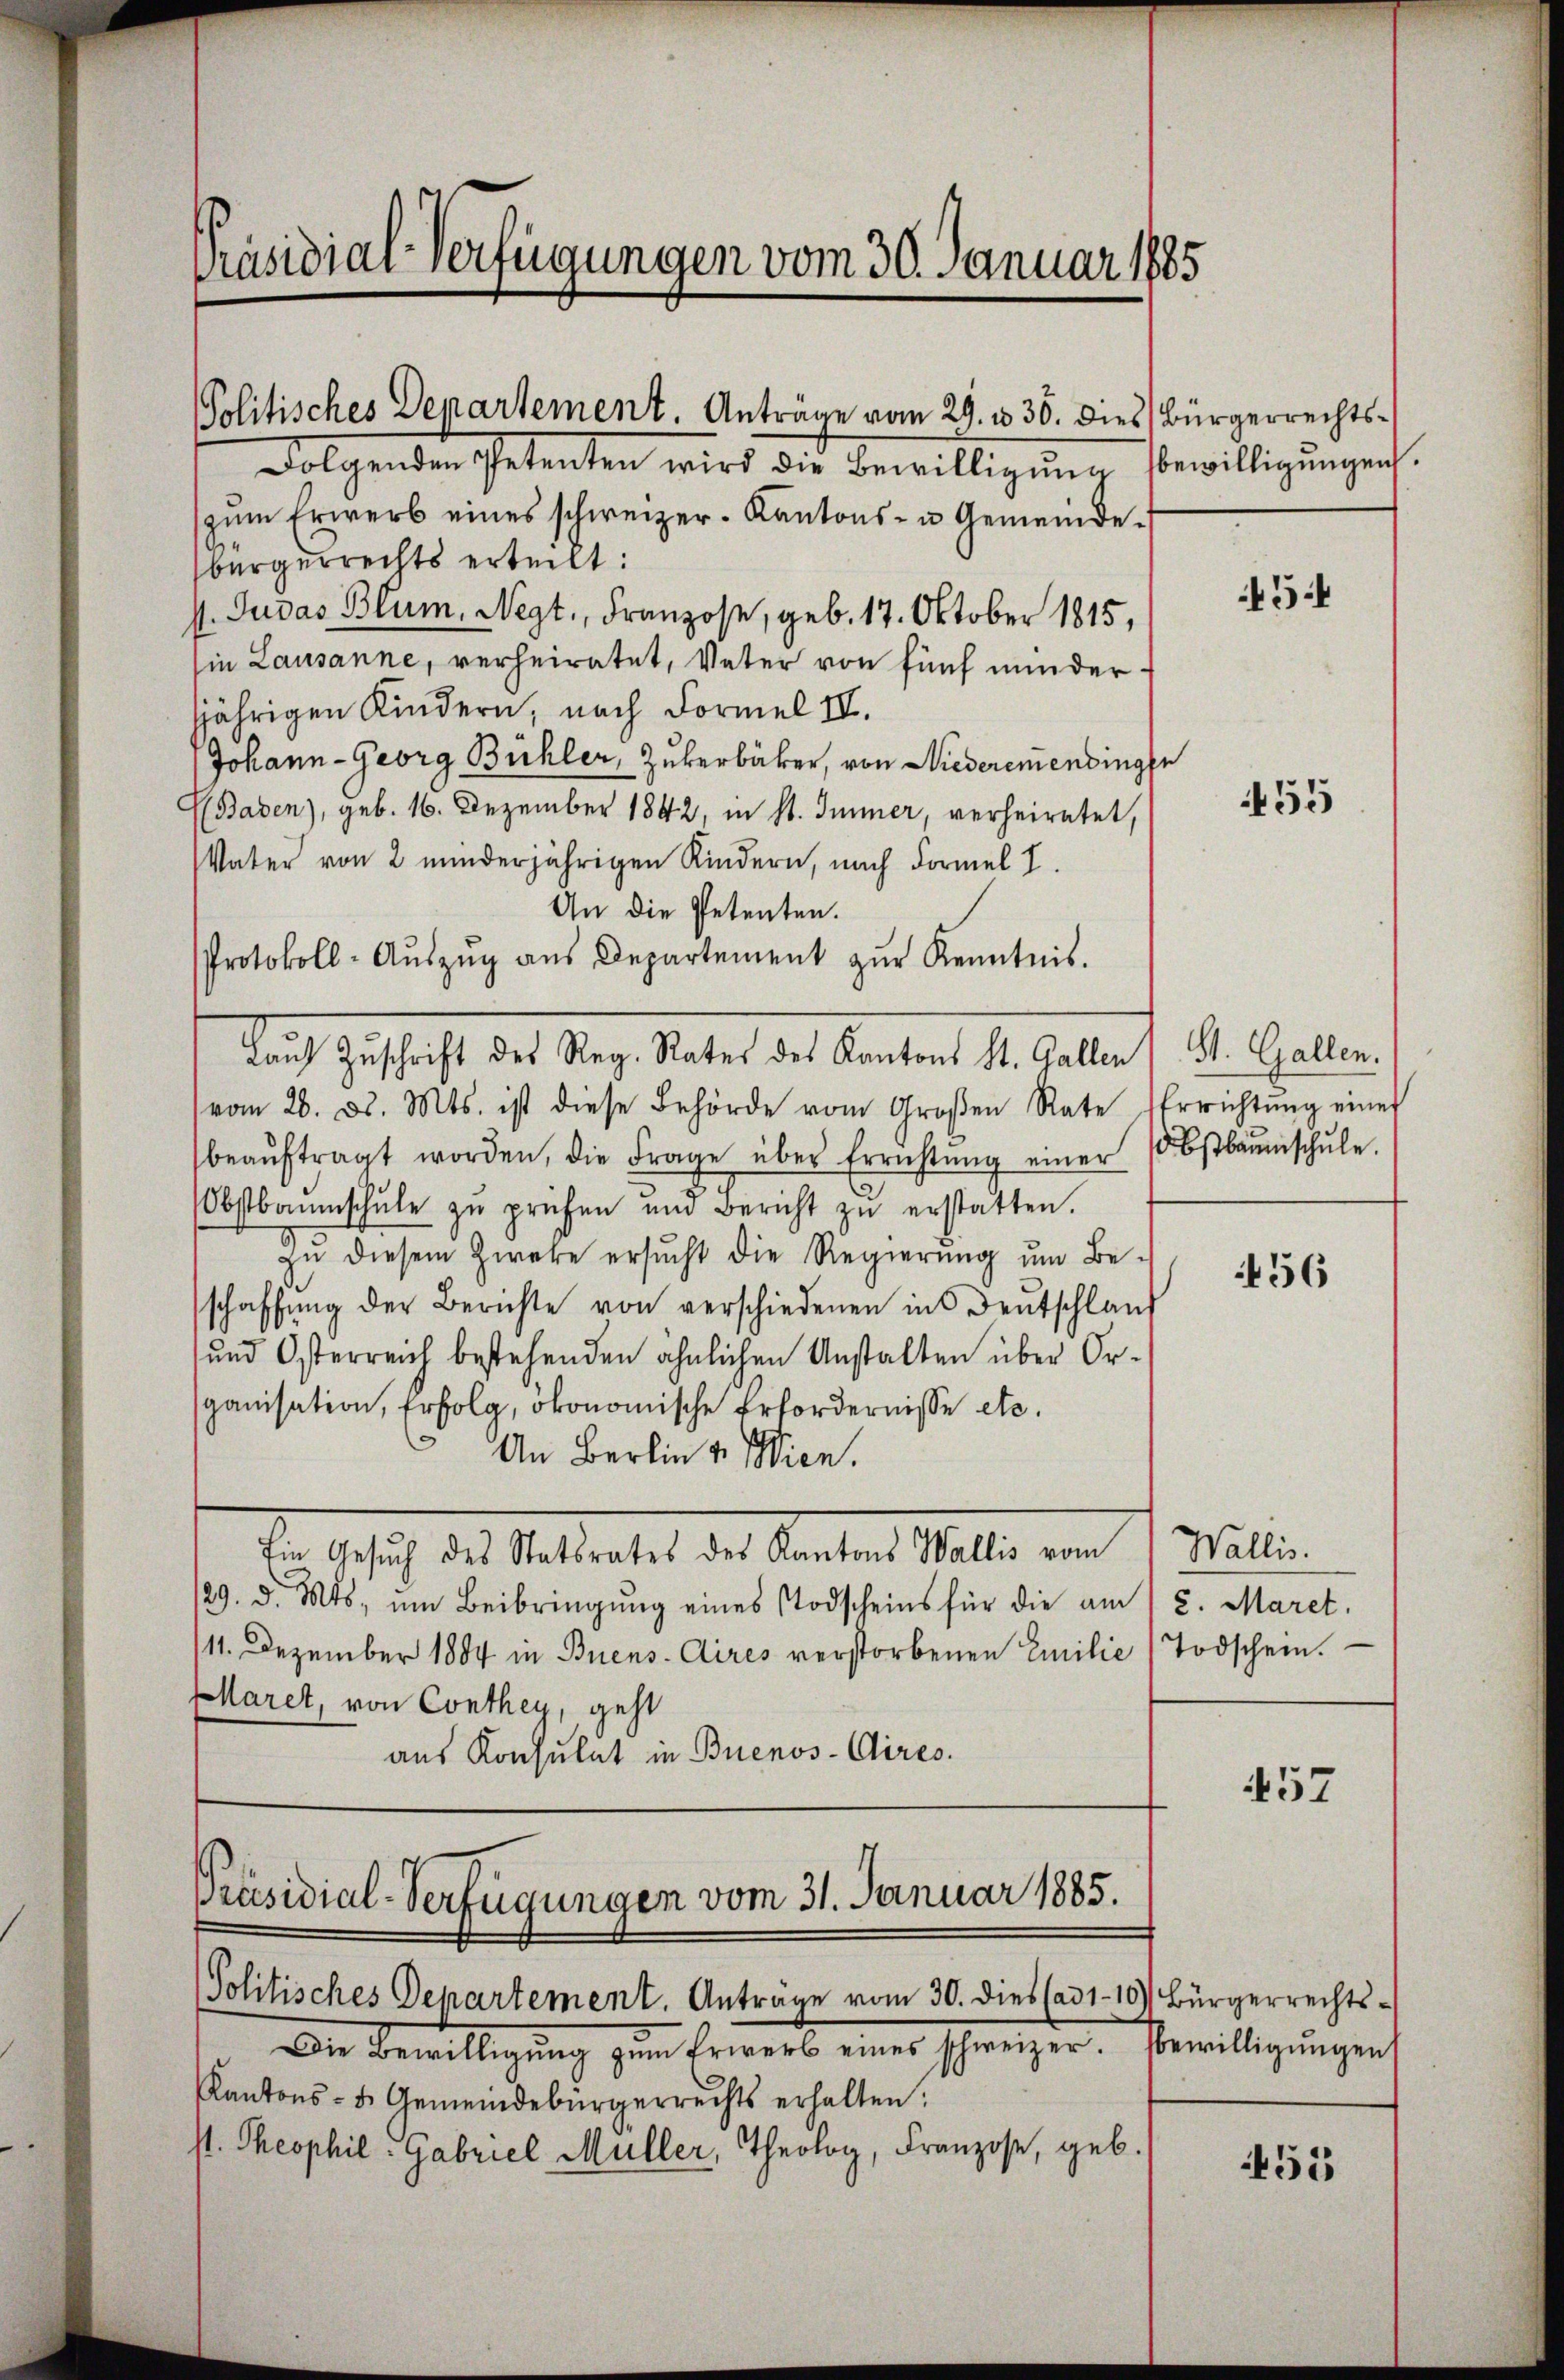
Präsidial-Verfügungen vom 30. Januar 1885

Politisches Departement. Anträge vom 29. v. 30. dies Bürgerrechts¬

Präsidial-Verfügungen vom 31. Januar 1885.

Folgenden Petenten wird die Bewilligŭng bewilligungen.
zŭm Erwerb eines schweizer-Kantons- u Gemeindebürgerrechts erteilt:
I. Judas Blum, Negt., Franzose, geb. 17. Oktober 1815,
sie Lausanne, verheiratet, Vater von fünf minder
jjährigen Kindern, nach Formel IV.
Johann - Georg Bühler, Zukerbäcker, von Niederemendingen
E(Baden), geb. 16. Dezember 1842, in St. Immer, verheiratet,
Vater von 2 minderjährigen Kindern, nach Formel I.
An die Petenten.
Protokoll-Aŭszŭg aŭs Departement zŭr Kenntnis.
doch geschaft der Tag, Mater des Kanton K. Oestraf A. Gallen
vom 20. d. Mts. ist diese Behörde vom Großen Rate Errichtŭng einer
beaŭftragt worden, die Frage über Errichtŭng einer 10 Bstbaŭmschŭle.
Obstbaumschŭle zŭ prüfen und Bericht zŭ erstatten.
Zŭ diesem Zweke ersŭcht die Regierŭng ŭm Be-
schaffŭng der Berichte von verschiedenen ins Deutschlauf
und Osterreich bestehenden ähnlichen Anstalten über Orspanisation, Erfolg, ökonomische Erfordernisse etc.
An Berlin v. Wien.
de Gesich des Vateratet des Kanton Male von 1. Willen.
129. d. Mts. um Beibringung eines Todscheins für die am 15. Maret.
/11. Dezember 1884 in Buens-Cires verstorbenen Emilie (Todschein.
aret, von Conthey, geht
aus Konsulat in Buenos-Cires.

Politisches Departement. Anträge vom 30. Dies ad 110 Bürgerrechts¬
Die Bewilligung zum Erwerb eines schweizer. Verwilligungen
Kantons- u. Gemeindebürgerrechts erhalten.
st. Theophil. Gabriel Müller, Theolog, Franzose, geb.

454

455

456

57

455